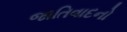
જાતિવાદનો